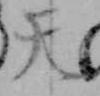
天